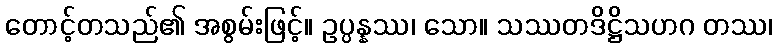
တောင့်တသည်၏ အစွမ်းဖြင့်။ ဥပ္ပန္နဿ၊ သော။ သဿတဒိဋ္ဌိသဟဂ တဿ၊